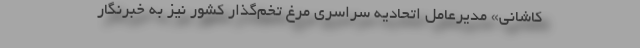
کاشانی» مدیرعامل اتحادیه سراسری مرغ تخم‌گذار کشور نیز به خبرنگار